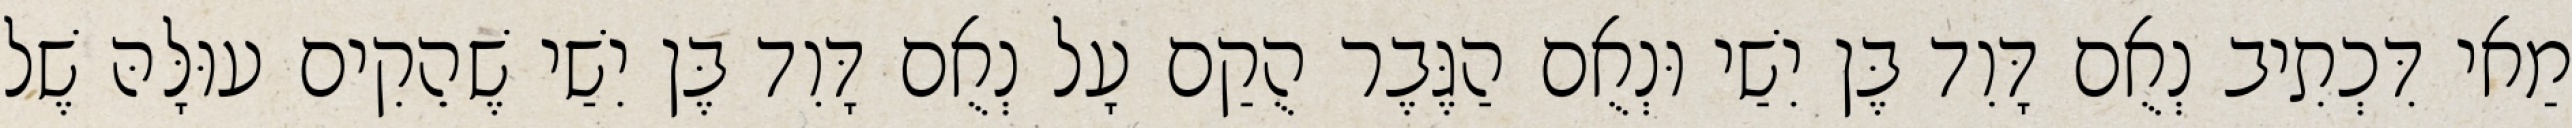
מַאי דִּכְתִיב נְאֻם דָּוִד בֶּן יִשַׁי וּנְאֻם הַגֶּבֶר הֻקַם עָל נְאֻם דָּוִד בֶּן יִשַׁי שֶׁהֵקִים עוּלָּהּ שֶׁל